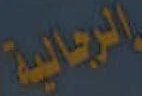
الرجالية